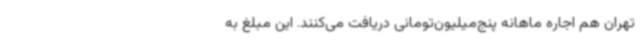
تهران هم اجاره ماهانه پنج‌میلیون‌تومانی دریافت می‌کنند. این مبلغ به